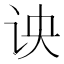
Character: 𰵗